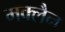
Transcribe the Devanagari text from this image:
मक्लैन